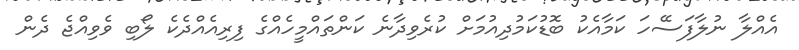
އެއްލާ ނުލާފަސޭހަ ކަމާއެކު ބޮޑުކަމުދިއުމަށް ކުރެވިދާނެ ކަންތައްމީހެއްގެ ފިރިއެއްދެކެ ލޯބި ވެވިއްޖެ ދެން